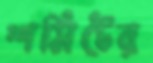
শমিটের